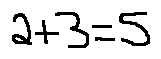
2 + 3 = 5